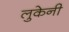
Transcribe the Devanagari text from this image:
लुकेनी